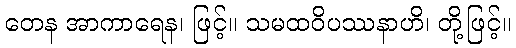
တေန အာကာရေန၊ ဖြင့်။ သမထဝိပဿနာဟိ၊ တို့ဖြင့်။